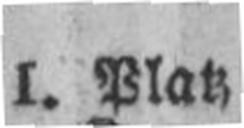
I. Platz